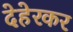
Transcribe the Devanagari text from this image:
देहेरकर